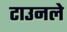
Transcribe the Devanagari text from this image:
टाउनले